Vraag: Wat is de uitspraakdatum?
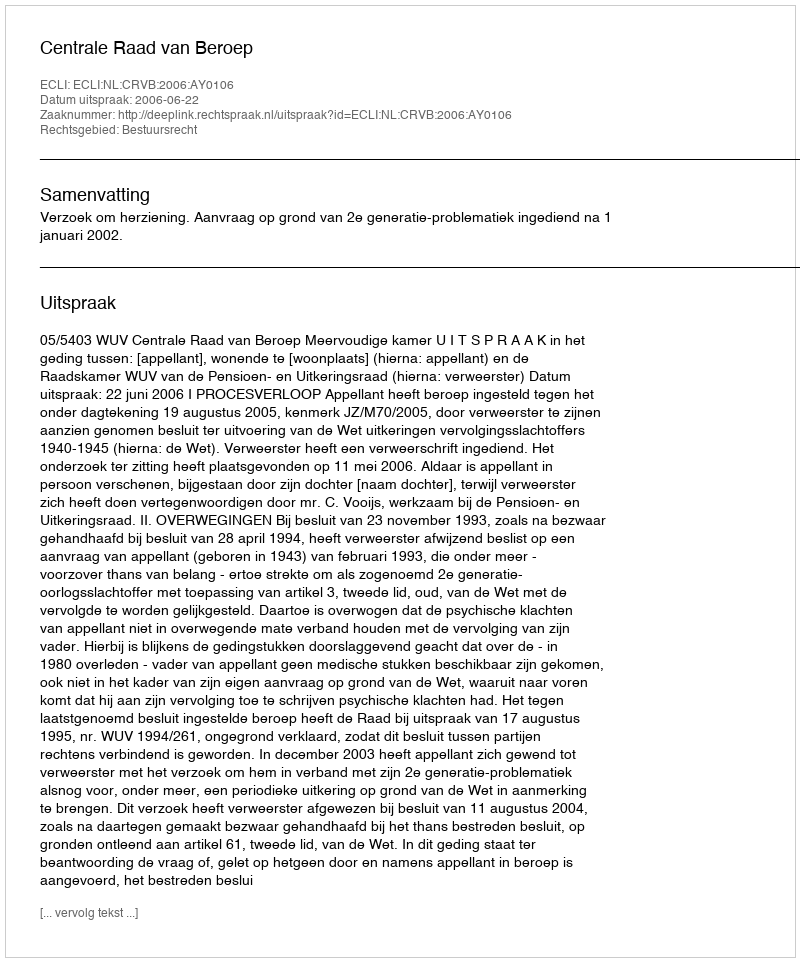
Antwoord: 2006-06-22